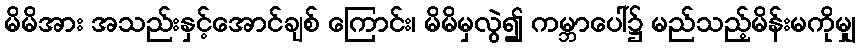
မိမိအား အသည်းနှင့်အောင်ချစ် ကြောင်း၊ မိမိမှလွဲ၍ ကမ္ဘာပေါ်၌ မည်သည့်မိန်းမကိုမျှ